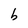
Character: b